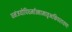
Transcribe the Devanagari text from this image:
धनंजयोपिधर्मात्मामातृभक्तिपरायणः